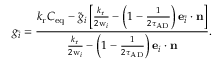
g _ { \bar { i } } = \frac { { k _ { \mathrm { r } } C _ { \mathrm { e q } } - \tilde { g } _ { i } \left[ { { \frac { k _ { \mathrm { r } } } { 2 \mathrm { w } _ { i } } } - \left( 1 - { \frac { 1 } { 2 \tau _ { \mathrm { A D } } } } \right) \mathbf { e } _ { \bar { i } } \cdot \mathbf { n } } \right] } } { { { \frac { k _ { \mathrm { r } } } { 2 \mathrm { w } _ { i } } } - \left( 1 - { \frac { 1 } { 2 \tau _ { \mathrm { A D } } } } \right) \mathbf { e } _ { i } \cdot \mathbf { n } } } .